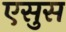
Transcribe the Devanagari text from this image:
एसुस